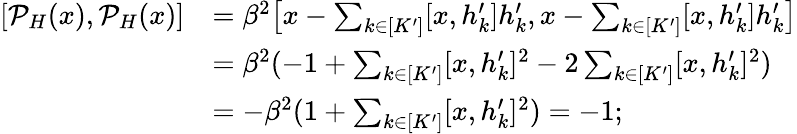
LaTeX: \begin{array}{rl}{[\mathcal{P}_{H}(x),\mathcal{P}_{H}(x)]}&{=\beta^{2}\big[x-\sum_{k\in[K^{\prime}]}[x,h_{k}^{\prime}]h_{k}^{\prime},x-\sum_{k\in[K^{\prime}]}[x,h_{k}^{\prime}]h_{k}^{\prime}\big]}\\ &{=\beta^{2}(-1+\sum_{k\in[K^{\prime}]}[x,h_{k}^{\prime}]^{2}-2\sum_{k\in[K^{\prime}]}[x,h_{k}^{\prime}]^{2})}\\ &{=-\beta^{2}(1+\sum_{k\in[K^{\prime}]}[x,h_{k}^{\prime}]^{2})=-1;}\end{array}